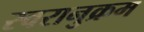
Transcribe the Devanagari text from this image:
स्वरानुक्रम